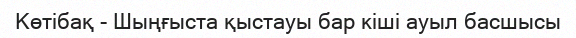
Көтібақ - Шыңғыста қыстауы бар кіші ауыл басшысы